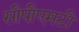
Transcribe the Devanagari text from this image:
सीपीएमटी